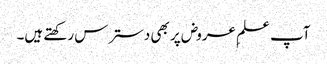
آپ علمِ عروض پر بھی دسترس رکھتے ہیں۔